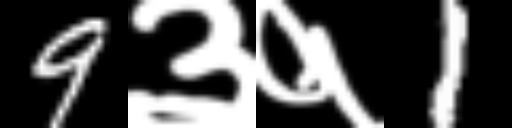
Text: 9३१1